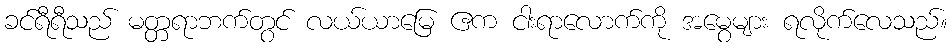
ခင်ရီရီသည် မတ္တရာဘက်တွင် လယ်ယာမြေ ဧက ငါးရာလောက်ကို အမွေများ ရလိုက်လေသည်။